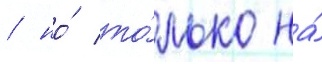
/ но́ то́лько на́